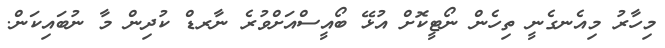
މިހާރު މިއެނގެނީ ތިހެން ނޯޓީކޮށް އުޅޭ ބޯއީސްއަށްވުރެ ނާރޑް ކުދިން މާ ނުބައިކަން.